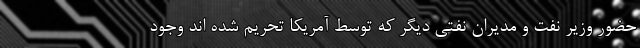
حضور وزیر نفت و مدیران نفتی دیگر که توسط آمریکا تحریم شده اند وجود